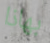
بهاذا